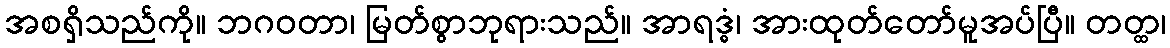
အစရှိသည်ကို။ ဘဂဝတာ၊ မြတ်စွာဘုရားသည်။ အာရဒ္ဓံ၊ အားထုတ်တော်မူအပ်ပြီ။ တတ္ထ၊